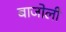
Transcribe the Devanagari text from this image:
बाजोली